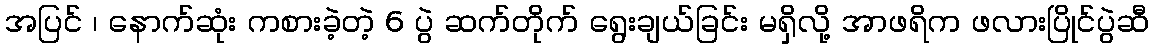
အပြင် ၊ နောက်ဆုံး ကစားခဲ့တဲ့ 6 ပွဲ ဆက်တိုက် ရွေးချယ်ခြင်း မရှိလို့ အာဖရိက ဖလားပြိုင်ပွဲဆီ